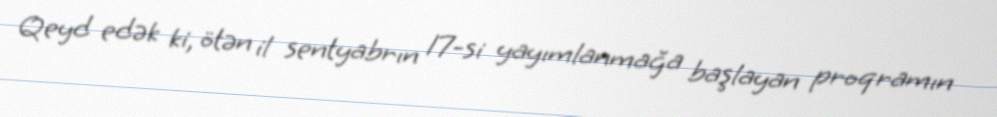
Qeyd edək ki, ötən il sentyabrın 17-si yayımlanmağa başlayan proqramın